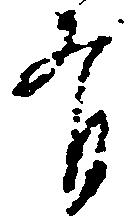
有